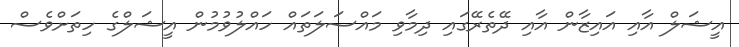
އީޝަލް އާއި އައިޒާން އާއި ދޭތެރޭގައި ދިމާވި މައްސަލަތައް ހައްލުވުމުން އީޝަލްގެ ހިތަށްވެސް